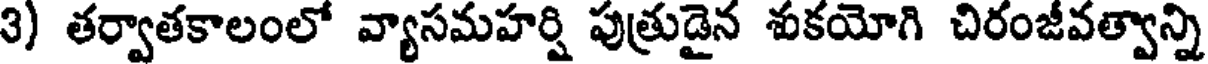
3) తర్వాతకాలంలో వ్యాసమహర్షి పుత్రుడైన శుకయోగి చిరంజీవత్వాన్ని